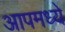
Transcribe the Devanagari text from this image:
आपमध्ये